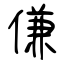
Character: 傔